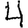
Digit: 4